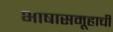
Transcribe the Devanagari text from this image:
भाषासमूहाची